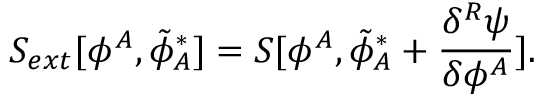
S _ { e x t } [ \phi ^ { A } , { \tilde { \phi } } _ { A } ^ { * } ] = S [ \phi ^ { A } , { \tilde { \phi } } _ { A } ^ { * } + \frac { \delta ^ { R } \psi } { \delta \phi ^ { A } } ] .